Leaving Certificate Examination, 1921
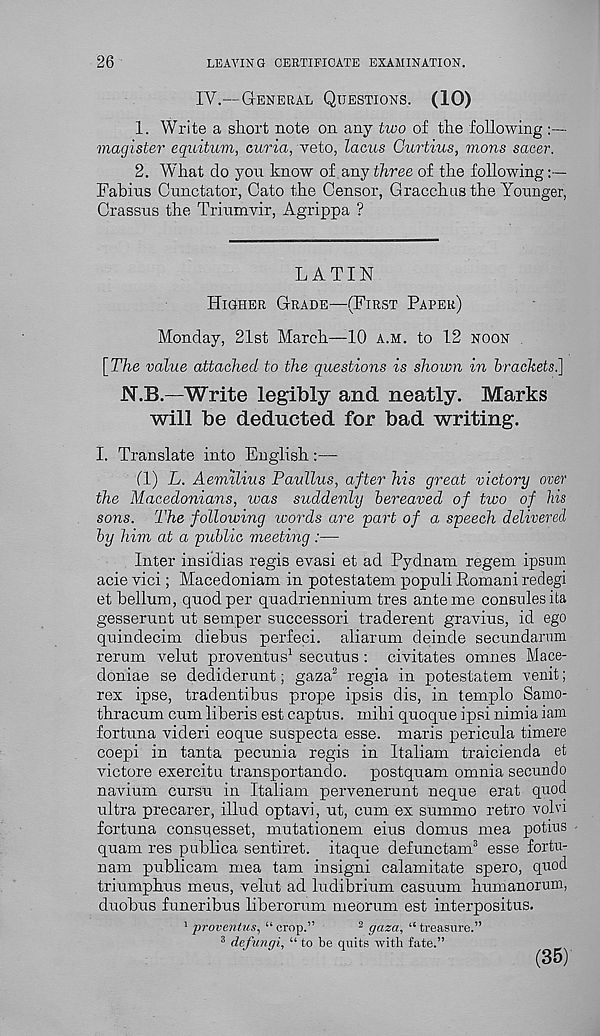
26
LEAVING CERTIFICATE EXAMINATION.
IV.—GENERAL QUESTIONS. (10)
1. Write a short note on any two of the following
magister equitum, curia, veto, lacus Curtius, mans sacer.
2. What do yon know of any three of the following
Fabins Cnnctator, Cato the Censor, Gracchus the Younger,
Crassus the Triumvir, Agrippa ?
LATIN
HIGHER GRADE—(FIRST PAPER)
Monday, 21st March—10 A.M. to 12 NOON .
[The value attached to the questions is shown in brackets.]
N.B.—Write legibly and neatly. Marks
will be deducted for bad writing.
I. Translate into English:—
(1) L. Aemilius Paullus, after his great victory over
the Macedonians, was suddenly bereaved of two of his
sons. The following words are part of a speech delivered
by him at a public meeting:—
Inter insidias regis evasi et ad Pydnam regem ipsnm
acie vici; Macedoniam in potestatem populi Romani redegi
et helium, quod per quadriennium tres ante me consoles ita
gesserunt ut semper successor! traderent gravius, id ego
quindecim diebus perfeci. aliarum deinde secundamm
rerum velut proventus 1 secutus: civitates omnes Mace-
doniae se dediderunt; gaza 2 regia in potestatem venit;
rex ipse, tradentibus prope ipsis dis, in templo Samo-
thracum cum liberis est captus. mihi quoque ipsi nimia iam
fortuna videri eoque suspecta esse, maris pericula timere
coepi in tanta pecunia regis in Italiam traicienda et
victore exercitu transportando. postquam omnia secundo
navium cursu in Italiam pervenerunt neque erat quod
ultra precarer, illud optavi, ut, cum ex summo retro volvi
fortuna consqesset, mutationem eius domus mea potius
quam res publica sentiret. itaque defunctam 3 esse fortu-
nam publicam mea tarn insigni calamitate spero, quod
triumphus mens, velut ad ludibrium casuum humanorum,
duobus fnneribus liberorum meorum est interpositus.
1 proventus, “ crop.”
2 gaza, “ treasure.”
3 defungi, “ to be quits with fate.”